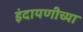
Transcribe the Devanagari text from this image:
इंदायणीच्या